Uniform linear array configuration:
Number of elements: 8
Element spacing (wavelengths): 1
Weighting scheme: binomial
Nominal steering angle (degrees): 30
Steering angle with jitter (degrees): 31.758
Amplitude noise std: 0.05
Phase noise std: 0.05

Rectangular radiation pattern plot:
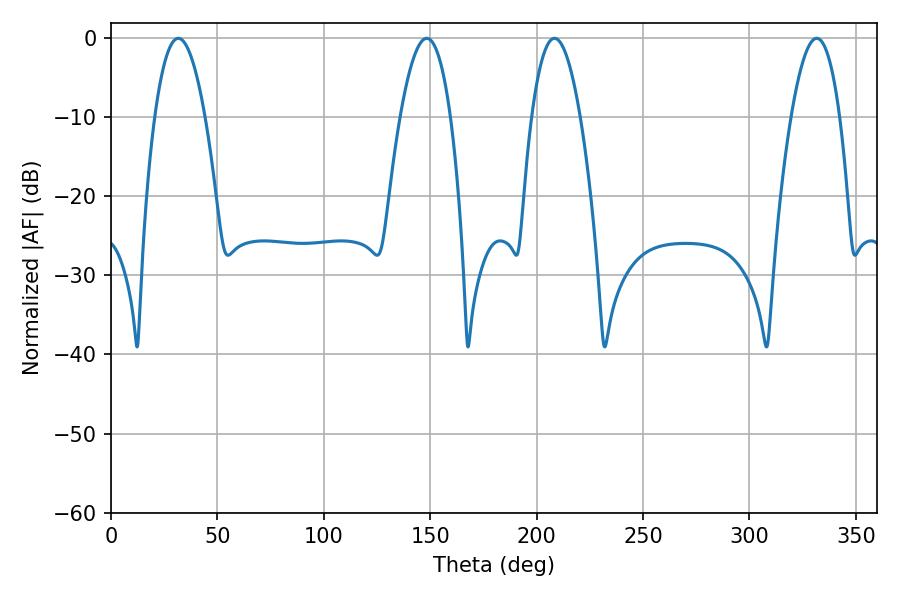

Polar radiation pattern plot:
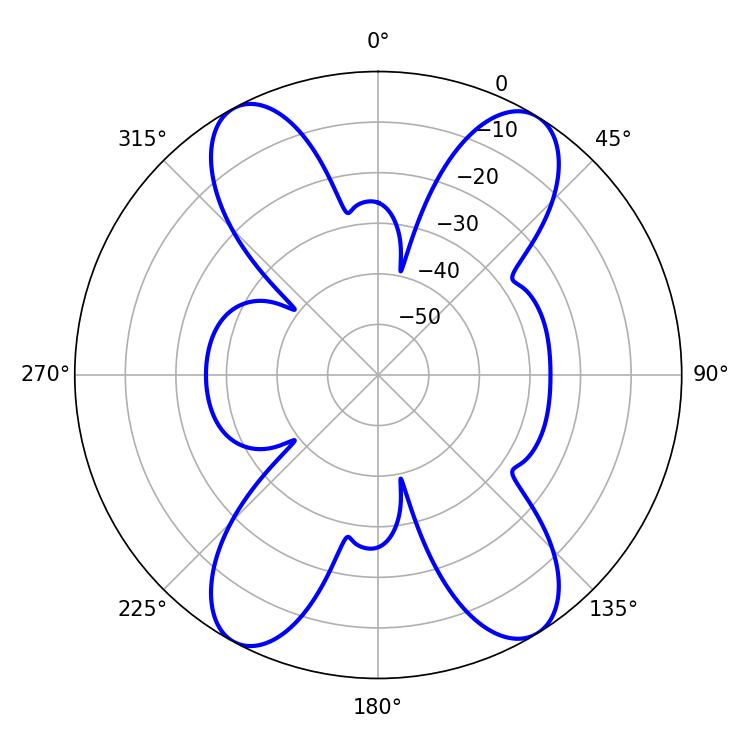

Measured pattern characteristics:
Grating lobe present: TRUE
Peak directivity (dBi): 17.884
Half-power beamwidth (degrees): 12.96
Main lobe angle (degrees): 31.68